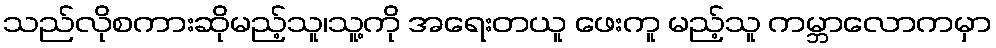
သည်လိုစကားဆိုမည့်သူ၊သူ့ကို အရေးတယူ ဖေးကူ မည့်သူ ကမ္ဘာလောကမှာ